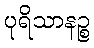
ပုရိသာနဉ္စ